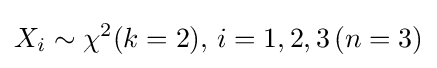
X_{i}\sim \chi ^{2}(k=2),\,i=1,2,3\,(n=3)